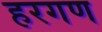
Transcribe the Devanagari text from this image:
हरगण